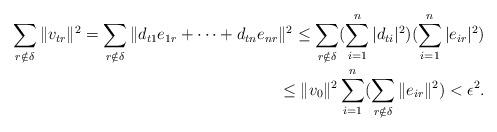
LaTeX: \begin{align*} \sum_{r\notin \delta} \Vert v_{tr}\Vert^2=\sum_{r\notin \delta} \Vert d_{t1} e_{1r}+\cdots + d_{tn}e_{nr}\Vert^2 \leq\sum_{r\notin \delta} (\sum_{i=1}^n \vert d_{ti}\vert^2)(\sum_{i=1}^n \vert e_{ir}\vert^2) \\ \leq \Vert v_0\Vert^2\sum_{i=1}^n ( \sum_{r\notin \delta} \Vert e_{ir}\Vert^2 ) <\epsilon^2. \end{align*}